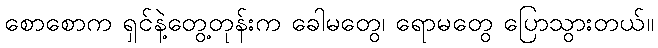
စောစောက ရှင်နဲ့တွေ့တုန်းက ခေါမတွေ၊ ရောမတွေ ပြောသွားတယ်။